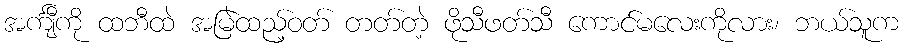
အင်္ကျီကို ထဘီထဲ အမြဲထည့်ဝတ် တတ်တဲ့ ဖိုသီဖတ်သီ ကောင်မလေးကိုလား၊ ဘယ်သူက